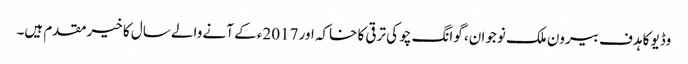
وڈیو کا ہدف بیرون ملک نوجوان، گوانگ چو کی ترقی کا خاکہ اور 2017ء کے آنے والے سال کا خیرمقدم ہیں۔